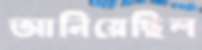
আনিয়েছিল